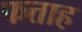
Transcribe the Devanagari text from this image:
फत्ताह